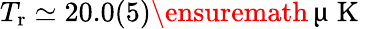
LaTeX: T_{\mathrm{r}}\simeq 20.0(5)\ensuremath{\, \upmu\mathrm{~K~}}